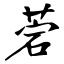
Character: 菪